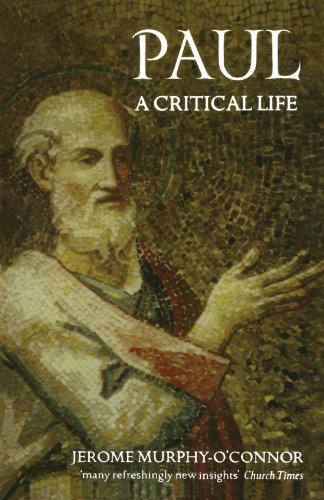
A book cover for Paul: A Critical Life; Jerome Murphy-O'Connor; Christian Books & Bibles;